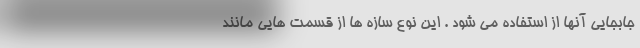
جابجایی آنها از استفاده می شود . این نوع سازه ها از قسمت هایی مانند